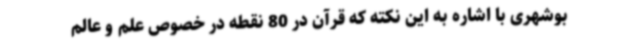
بوشهری با اشاره به این نکته که قرآن در 80 نقطه در خصوص علم و عالم